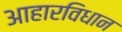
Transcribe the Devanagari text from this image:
आहारविधान